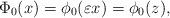
LaTeX: \begin{align*}\Phi_0(x) &= \phi_0(\varepsilon x) = \phi_0(z),\end{align*}